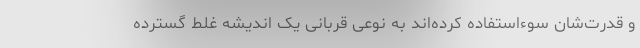
و قدرت‌شان سوءاستفاده کرده‌اند به نوعی قربانی یک اندیشه غلط گسترده